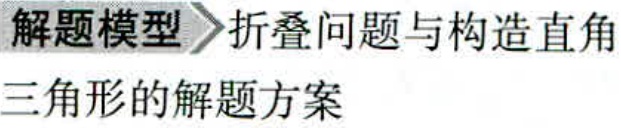
解题模型 折叠问题与构造直角

三角形的解题方案